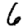
Digit: 6